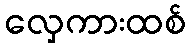
လှေကားထစ်